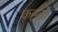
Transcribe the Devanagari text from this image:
कह्तों